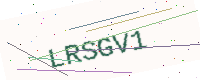
Text: LRSGV1